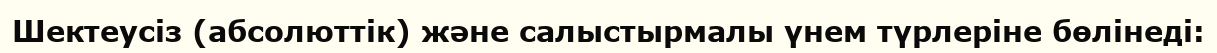
Шектеусіз (абсолюттік) және салыстырмалы үнем түрлеріне бөлінеді: